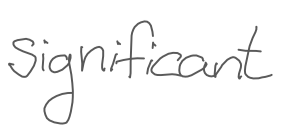
Text: significant
Cross-out: clean
Writing tool: digital_gray